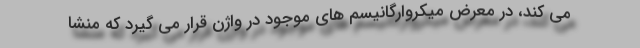
می کند، در معرض میکروارگانیسم های موجود در واژن قرار می گیرد که منشا